Vaccination report Assam 1896-1927 - 1896-1927
Year: 1896
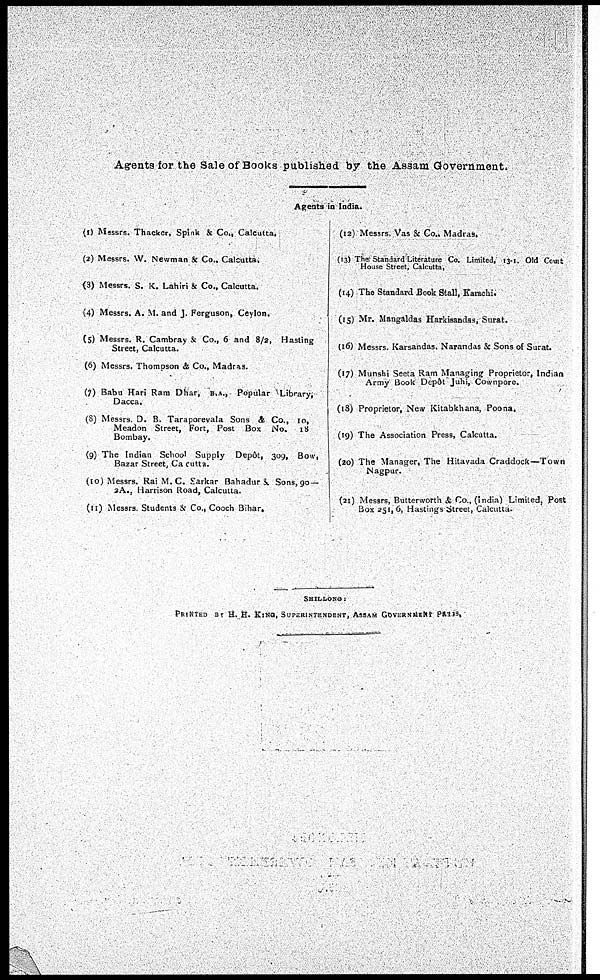
Agents for the Sale of Books published by the Assam Government.
Agents in India.
(1) Messrs. Thacker, Spink & Co., Calcutta.
(2) Messrs. W. Newman & Co., Calcutta.
(3) Messrs. S. K. Lahiri & Co., Calcutta.
(4) Messrs. A. M. and J. Ferguson, Ceylon.
(5) Messrs. R. Cambray & Co., 6 and 8/2, Hasting
Street, Calcutta.
(6) Messrs. Thompson & Co., Madras.
(7) Babu Hari Ram Dhar, B.A., Popular Library,
Dacca.
(8) Messrs. D. B. Taraporevala Sons & Co., 10,
Meadon Street, Fort, Post Box No. 18
Bombay.
(9) The Indian School Supply Depôt, 309, Bow,
Bazar Street, Calcutta.
(10) Messrs. Rai M. C. Sarkar Bahadur & Sons, 90 —
2A., Harrison Road, Calcutta.
(11) Messrs. Students & Co., Cooch Bihar.
(12) Messrs. Vas & Co., Madras.
(13) The Standard Literature Co. Limited, 13-1. Old Court
House Street, Calcutta,
(14) The Standard Book Stall, Karachi.
(15) Mr. Mangaldas Harkisandas, Surat.
(16) Messrs. Karsandas. Narandas & Sons of Surat.
(17) Munshi Seeta Ram Managing Proprietor, Indian
Army Book Depôt Juhi, Cownpore.
(18) Proprietor, New Kitabkhana, Poona.
(19) The Association Press, Calcutta.
(20) The Manager, The Hitavada Craddock—Town
Nagpur.
(21) Messrs, Butterworth & Co., (India) Limited. Post
Box 251, 6, Hastings Street, Calcutta.
SHILLONG:
PRINTED BY H. H. KING, SUPERINTENDENT, ASSAM GOVERNMENT PRESS.